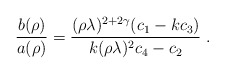
\begin{align*}\left. \frac{b(\rho)}{a(\rho)} = \frac{ (\rho\lambda)^{2 + 2 \gamma} (c_{1} - k c_{3}) }{k (\rho\lambda)^{2} c_{4} - c_{2}} \right. .\end{align*}